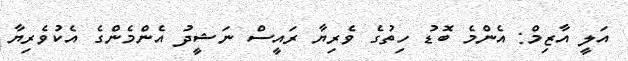
އަލީ އާޒިމް: އެންމެ ބޮޑު ހިތުގެ ވެރިޔާ ރައީސް ނަޝީދު އެންމެންގެ އެކުވެރިޔާ